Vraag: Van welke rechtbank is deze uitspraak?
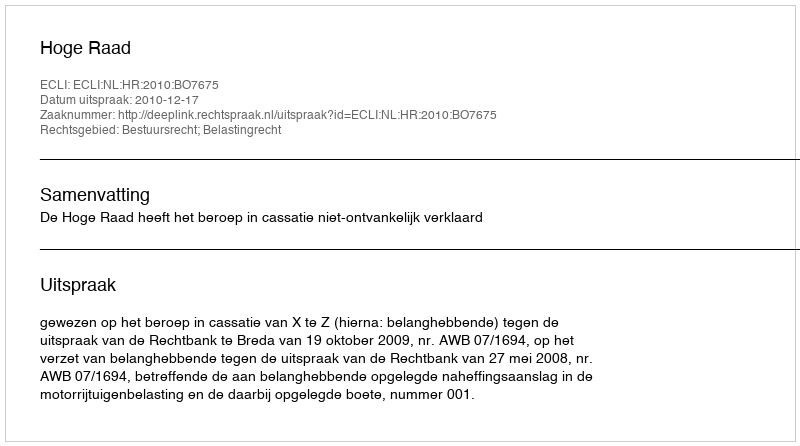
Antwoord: Hoge Raad